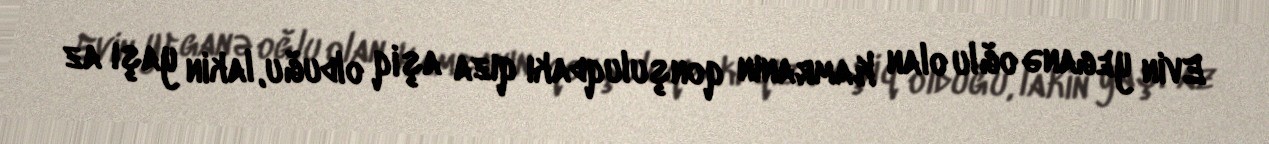
Evin yeganə oğlu olan Kamranın qonşuluqdakı qıza aşiq olduğu, lakin yaşı az